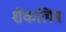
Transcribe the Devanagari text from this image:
शेंकलिन